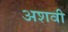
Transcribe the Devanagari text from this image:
अशवी